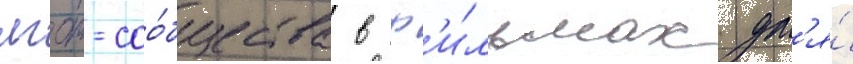
лгбт-соо́бщества в ф'и́льмах дл'я́